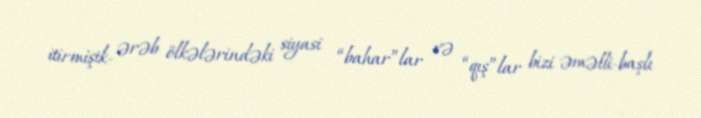
itirmişik- ərəb ölkələrindəki siyasi “bahar”lar və “qış”lar bizi əməlli-başlı